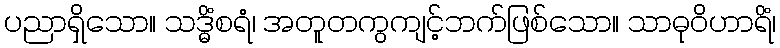
ပညာရှိသော။ သဒ္ဓိံစရံ၊ အတူတကွကျင့်ဘက်ဖြစ်သော။ သာဓုဝိဟာရိံ၊